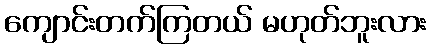
ကျောင်းတက်ကြတယ် မဟုတ်ဘူးလား